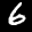
Label: 6